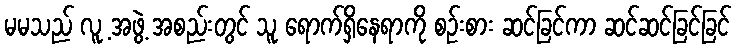
မမသည် လူ့ အဖွဲ့ အစည်းတွင် သူ ရောက်ရှိနေရာကို စဉ်းစား ဆင်ခြင်ကာ ဆင်ဆင်ခြင်ခြင်